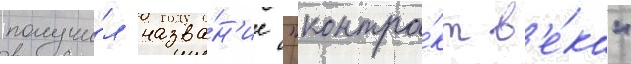
получи́л назва́н'ие "контра́кт в'е́ка"